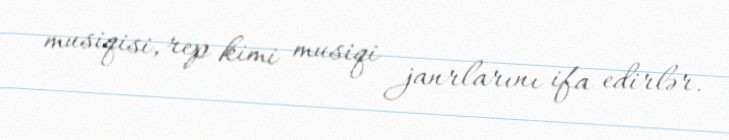
musiqisi, rep kimi musiqi janrlarını ifa edirlər.